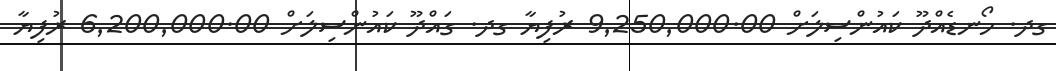
ގދ. ހޯނޑެއްދޫ ކައުންސިލަށް 9